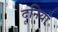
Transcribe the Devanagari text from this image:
दूनियाँ